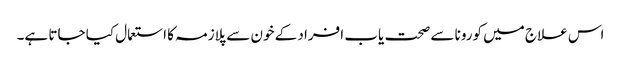
اس علاج میں کورونا سے صحت یاب افراد کے خون سے پلازمہ کا استعمال کیا جاتا ہے۔